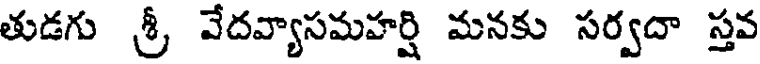
తుడగు శ్రీ వేదవ్యాసమహర్షి మనకు సర్వదా స్తవ